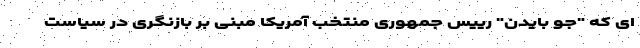
ای که "جو بایدن" رییس جمهوری منتخب آمریکا مبنی بر بازنگری در سیاست